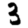
Digit: 3